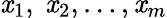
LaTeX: \mathit{x}_{1},\ \mathit{x}_{2},\ldots,\mathit{x}_{m}